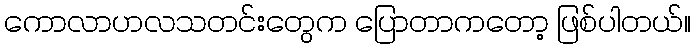
ကောလာဟလသတင်းတွေက ပြောတာကတော့ ဖြစ်ပါတယ်။